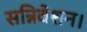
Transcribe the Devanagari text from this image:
सन्निवेशन।